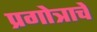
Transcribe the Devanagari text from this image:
प्रगोत्राचे